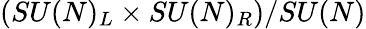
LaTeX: (SU(N)_{L}\times SU(N)_{R})/SU(N)